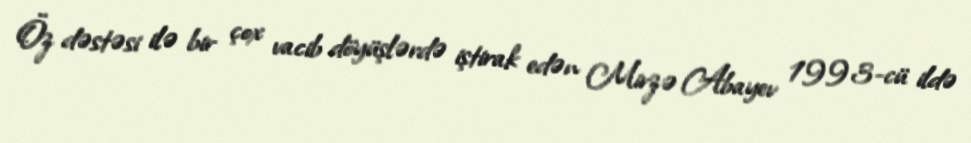
Öz dəstəsi ilə bir çox vacib döyüşlərdə iştirak edən Mirzə Abayev 1993-cü ildə